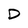
Character: D